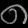
Digit: ၈